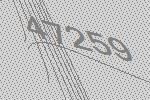
47259